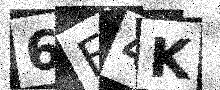
Text: 6F4K